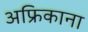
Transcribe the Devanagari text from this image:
अफ्रिकाना